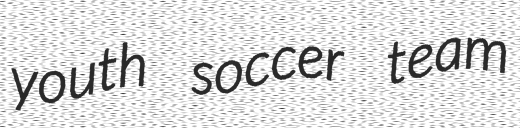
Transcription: youth soccer team